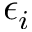
\epsilon _ { i }